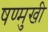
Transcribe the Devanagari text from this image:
षण्मुखी